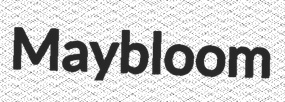
Maybloom